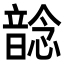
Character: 𩐭